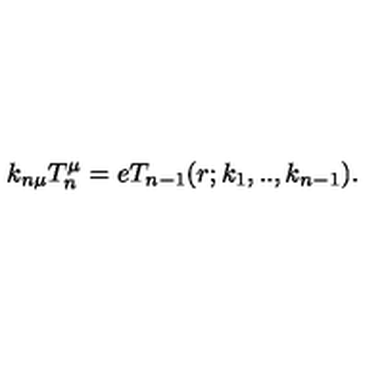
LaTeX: k _ { n \mu } T _ { n } ^ { \mu } = e T _ { n - 1 } ( r ; k _ { 1 } , . . , k _ { n - 1 } ) .